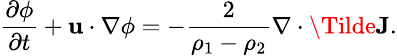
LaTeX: \small\frac{\partial\phi}{\partial t}+\textbf{u}\cdot\nabla\phi=-\frac{2}{\rho_{1}-\rho_{2}}\nabla\cdot\Tilde{\textbf{J}}.